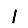
Digit: 1